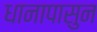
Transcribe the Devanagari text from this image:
धानापासुन